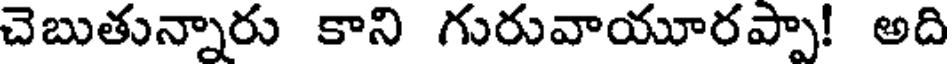
చెబుతున్నారు కాని గురువాయూరప్పా! అది